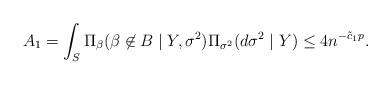
LaTeX: \begin{align*}A_{1}=\int_{S}\Pi_{\beta}( \beta \not \in B \mid Y,\sigma^{2}) \Pi_{\sigma^{2}}(d\sigma^{2}\mid Y)\leq 4 n^{-\tilde{c}_{1}p}.\end{align*}